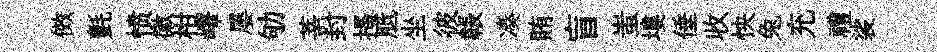
傚氈愤徽柑嶧屡劬莘封搔胝坐彼韔凑賄盲蚩塿倕收怏兔充禮裟